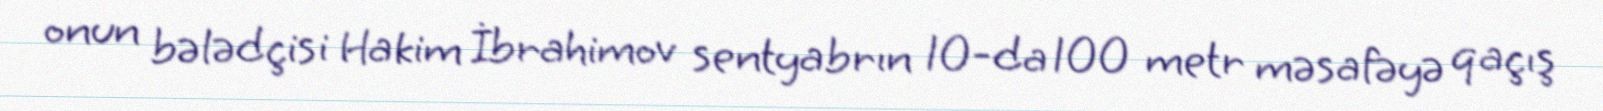
onun bələdçisi Hakim İbrahimov sentyabrın 10-da 100 metr məsafəyə qaçış